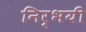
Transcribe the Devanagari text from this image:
निर्भयी